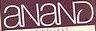
anand